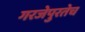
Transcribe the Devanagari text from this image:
गरजेपुरतेच